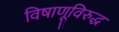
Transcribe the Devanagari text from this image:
विषाणूविरुद्ध